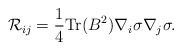
LaTeX: \begin{align*}{\cal R}_{ij}=\frac{1}{4}{\rm Tr}(B^2)\nabla_i \sigma \nabla_j \sigma.\end{align*}